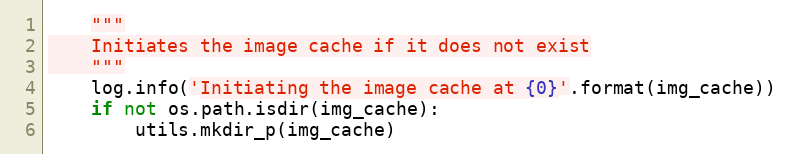
Language: Python
    """
    Initiates the image cache if it does not exist
    """
    log.info('Initiating the image cache at {0}'.format(img_cache))
    if not os.path.isdir(img_cache):
        utils.mkdir_p(img_cache)